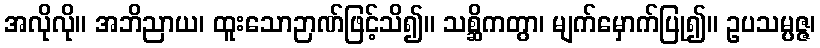
အလိုလို။ အဘိညာယ၊ ထူးသောဉာဏ်ဖြင့်သိ၍။ သစ္ဆိကတွာ၊ မျက်မှောက်ပြု၍။ ဥပသမ္ပဇ္ဇ၊